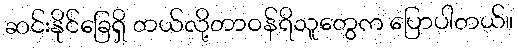
ဆင်းနိုင်ခြေရှိ တယ်လို့တာဝန်ရိသူတွေက ပြောပါတယ်။